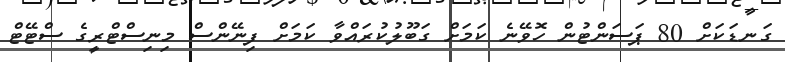
ގަނޑަކަށް 80 ޕަސަންޓުން ހޮވޭނެ ކަމަށް ގަބޫލުކުރައްވާ ކަމަށް ފިނޭންސް މިނިސްޓްރީގެ ސްޓޭޓް